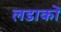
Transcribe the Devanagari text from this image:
लडाकों